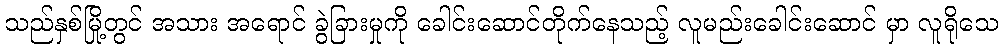
သည်နှစ်မြို့တွင် အသား အရောင် ခွဲခြားမှုကို ခေါင်းဆောင်တိုက်နေသည့် လူမည်းခေါင်းဆောင် မှာ လူရိုသေ